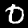
Label: 0